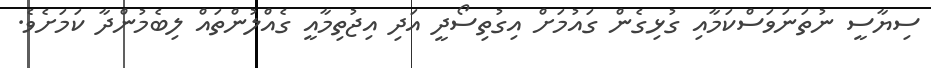
ސިޔާސީ ނުތަނަވަސްކަމާއި ގުޅިގެން ގައުމަށް އިގުތިސޯދީ އަދި އިޖުތިމާއީ ގެއްލުންތައް ލިބެމުންދާ ކަަމަށެވެ.